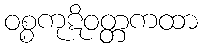
ဝစ္စကုဋိဝတ္တကထာ